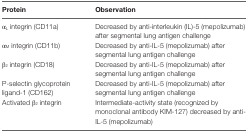
<table><thead><tr><td><b>Protein</b></td><td><b>Observation</b></td></tr></thead><tbody><tr><td>α<sub>L</sub> integrin (CD11a)</td><td>Decreased by anti-interleukin (IL)-5 (mepolizumab) after segmental lung antigen challenge</td></tr><tr><td>α<sub>M</sub> integrin (CD11b)</td><td>Decreased by anti-IL-5 (mepolizumab) after segmental lung antigen challenge</td></tr><tr><td>β<sub>2</sub> integrin (CD18)</td><td>Decreased by anti-IL-5 (mepolizumab) after segmental lung antigen challenge</td></tr><tr><td>P-selectin glycoprotein ligand-1 (CD162)</td><td>Decreased by anti-IL-5 (mepolizumab) after segmental lung antigen challenge</td></tr><tr><td>Activated β<sub>2</sub> integrin</td><td>Intermediate-activity state (recognized by monoclonal antibody KIM-127) decreased by anti-IL-5 (mepolizumab)</td></tr></tbody></table>